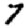
Digit: 7